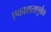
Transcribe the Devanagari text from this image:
एकाग्रतापूर्वक